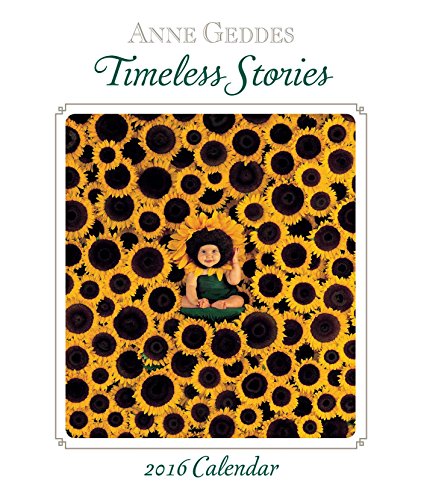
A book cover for Anne Geddes 2016 Monthly/Weekly Planner Calendar: Timeless Stories; Anne Geddes; Arts & Photography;